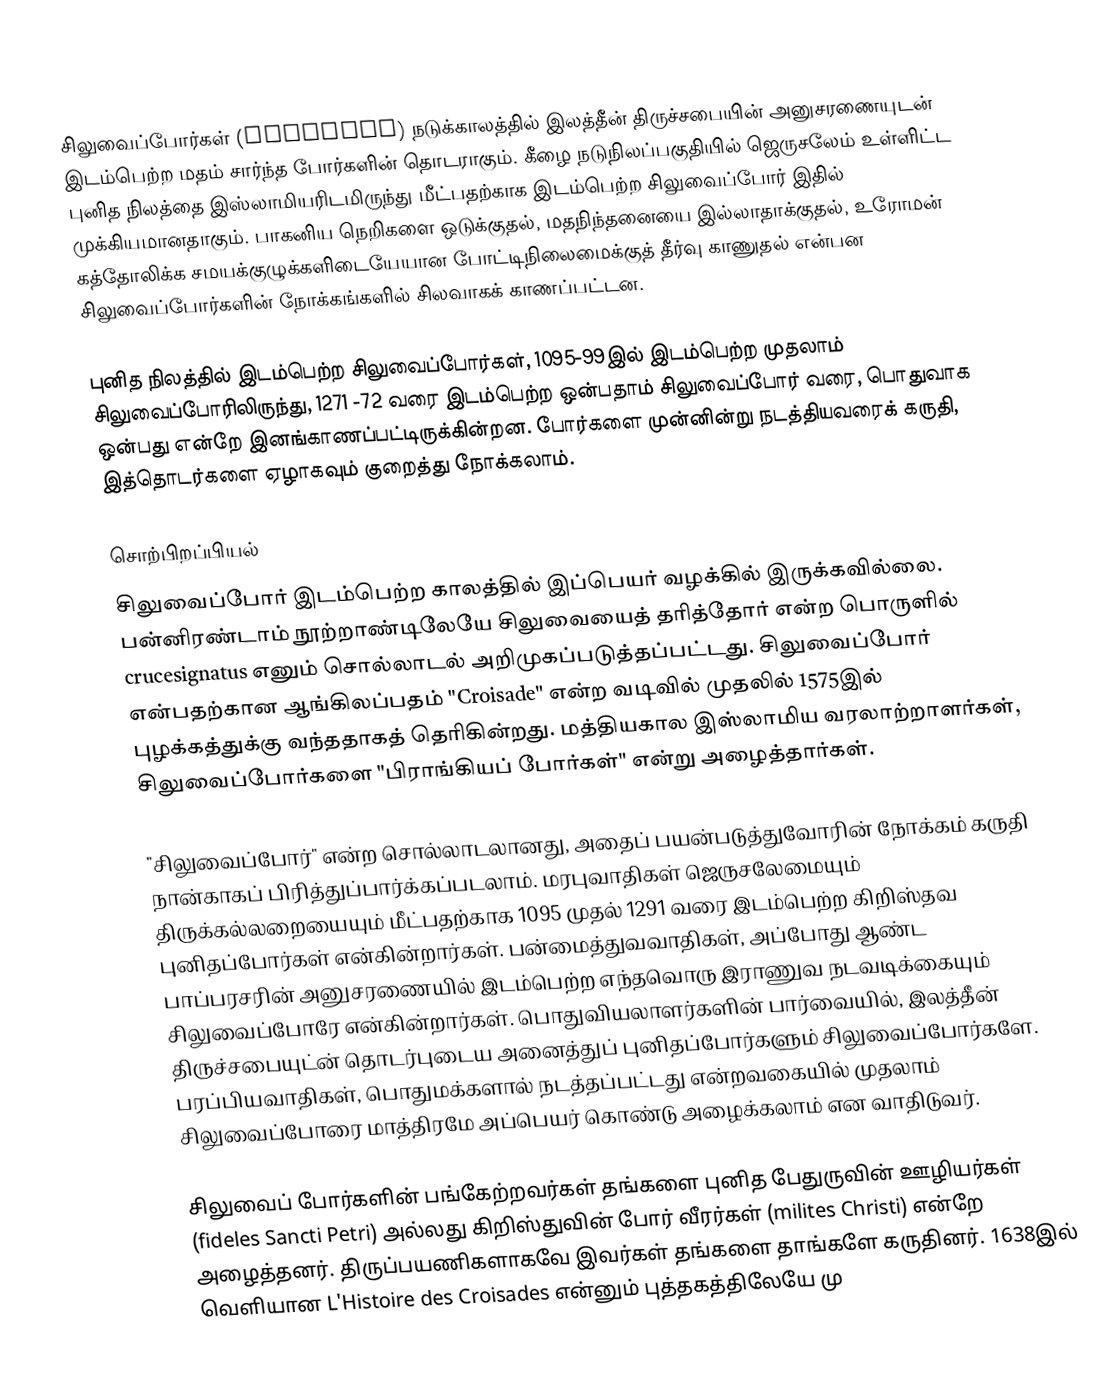
சிலுவைப்போர்கள் (Crusades) நடுக்காலத்தில் இலத்தீன் திருச்சபையின் அனுசரணையுடன் இடம்பெற்ற மதம் சார்ந்த போர்களின் தொடராகும். கீழை நடுநிலப்பகுதியில் ஜெருசலேம் உள்ளிட்ட புனித நிலத்தை இஸ்லாமியரிடமிருந்து மீட்பதற்காக இடம்பெற்ற சிலுவைப்போர் இதில் முக்கியமானதாகும். பாகனிய நெறிகளை ஒடுக்குதல், மதநிந்தனையை இல்லாதாக்குதல், உரோமன் கத்தோலிக்க சமயக்குழுக்களிடையேயான போட்டிநிலைமைக்குத் தீர்வு காணுதல் என்பன சிலுவைப்போர்களின் நோக்கங்களில் சிலவாகக் காணப்பட்டன.

புனித நிலத்தில் இடம்பெற்ற சிலுவைப்போர்கள், 1095-99இல் இடம்பெற்ற முதலாம் சிலுவைப்போரிலிருந்து, 1271 -72 வரை இடம்பெற்ற ஒன்பதாம் சிலுவைப்போர் வரை, பொதுவாக ஒன்பது என்றே இனங்காணப்பட்டிருக்கின்றன. போர்களை முன்னின்று நடத்தியவரைக் கருதி, இத்தொடர்களை ஏழாகவும் குறைத்து நோக்கலாம்.

சொற்பிறப்பியல்
சிலுவைப்போர் இடம்பெற்ற காலத்தில் இப்பெயர் வழக்கில் இருக்கவில்லை. பன்னிரண்டாம் நூற்றாண்டிலேயே சிலுவையைத் தரித்தோர் என்ற பொருளில் crucesignatus எனும் சொல்லாடல் அறிமுகப்படுத்தப்பட்டது. சிலுவைப்போர் என்பதற்கான ஆங்கிலப்பதம் "Croisade" என்ற வடிவில் முதலில் 1575இல் புழக்கத்துக்கு வந்ததாகத் தெரிகின்றது. மத்தியகால இஸ்லாமிய வரலாற்றாளர்கள், சிலுவைப்போர்களை "பிராங்கியப் போர்கள்" என்று அழைத்தார்கள்.

"சிலுவைப்போர்" என்ற சொல்லாடலானது, அதைப் பயன்படுத்துவோரின் நோக்கம் கருதி நான்காகப் பிரித்துப்பார்க்கப்படலாம். மரபுவாதிகள் ஜெருசலேமையும் திருக்கல்லறையையும் மீட்பதற்காக 1095 முதல் 1291 வரை இடம்பெற்ற கிறிஸ்தவ புனிதப்போர்கள் என்கின்றார்கள். பன்மைத்துவவாதிகள், அப்போது ஆண்ட பாப்பரசரின் அனுசரணையில் இடம்பெற்ற எந்தவொரு இராணுவ நடவடிக்கையும் சிலுவைப்போரே என்கின்றார்கள். பொதுவியலாளர்களின் பார்வையில், இலத்தீன் திருச்சபையுட்ன் தொடர்புடைய அனைத்துப் புனிதப்போர்களும் சிலுவைப்போர்களே. பரப்பியவாதிகள், பொதுமக்களால் நடத்தப்பட்டது என்றவகையில் முதலாம் சிலுவைப்போரை மாத்திரமே அப்பெயர் கொண்டு அழைக்கலாம் என வாதிடுவர்.

சிலுவைப் போர்களின் பங்கேற்றவர்கள் தங்களை புனித பேதுருவின் ஊழியர்கள் (fideles Sancti Petri) அல்லது கிறிஸ்துவின் போர் வீரர்கள் (milites Christi) என்றே அழைத்தனர். திருப்பயணிகளாகவே இவர்கள் தங்களை தாங்களே கருதினர். 1638இல் வெளியான L'Histoire des Croisades என்னும் புத்தகத்திலேயே மு